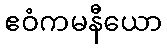
ဧဝံကမနီယော